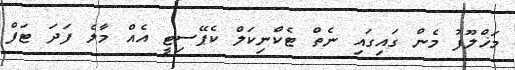
މަޚްލޫފު މެން ގައިގައި ނެތް ޓެކްނިކަލް ކެޕޭސިޓީ އެއް މާލެ ފަދަ ޓަފް